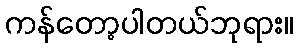
ကန်တော့ပါတယ်ဘုရား။